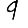
Digit: 9